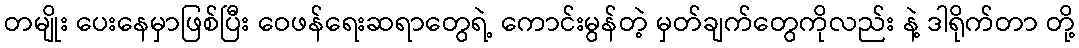
တမျိုး ပေးနေမှာဖြစ်ပြီး ဝေဖန်ရေးဆရာတွေရဲ့ ကောင်းမွန်တဲ့ မှတ်ချက်တွေကိုလည်း နဲ့ ဒါရိုက်တာ တို့